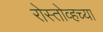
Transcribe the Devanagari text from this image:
रोस्तोव्हच्या